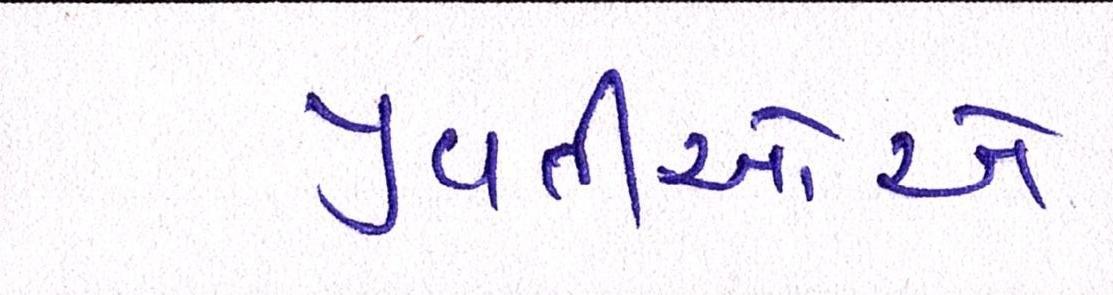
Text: યુવતીઓએ